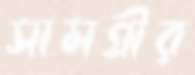
সামগ্রীর